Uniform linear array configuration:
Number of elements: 4
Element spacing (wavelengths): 0.75
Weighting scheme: cosine
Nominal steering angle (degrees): -45
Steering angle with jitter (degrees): -44.005
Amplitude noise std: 0.05
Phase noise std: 0.05

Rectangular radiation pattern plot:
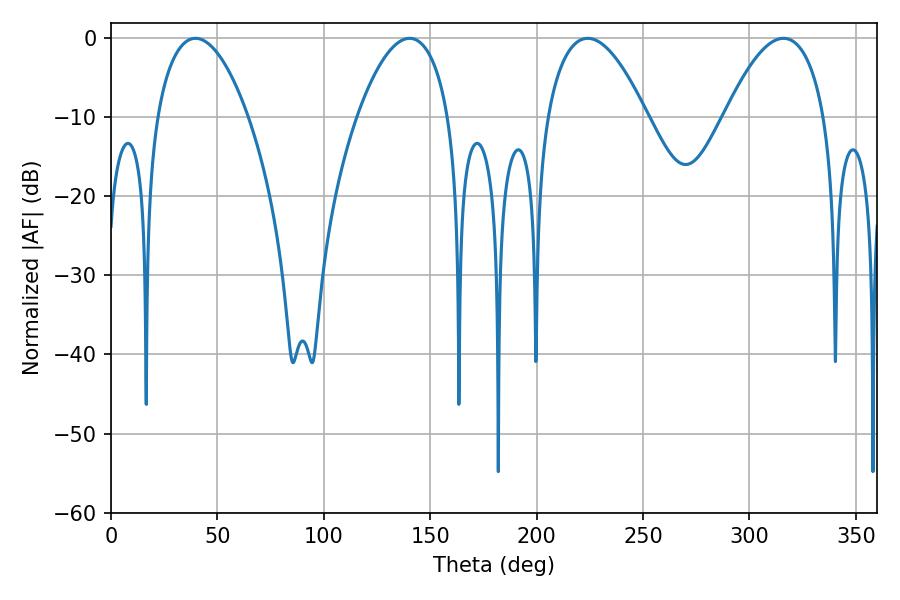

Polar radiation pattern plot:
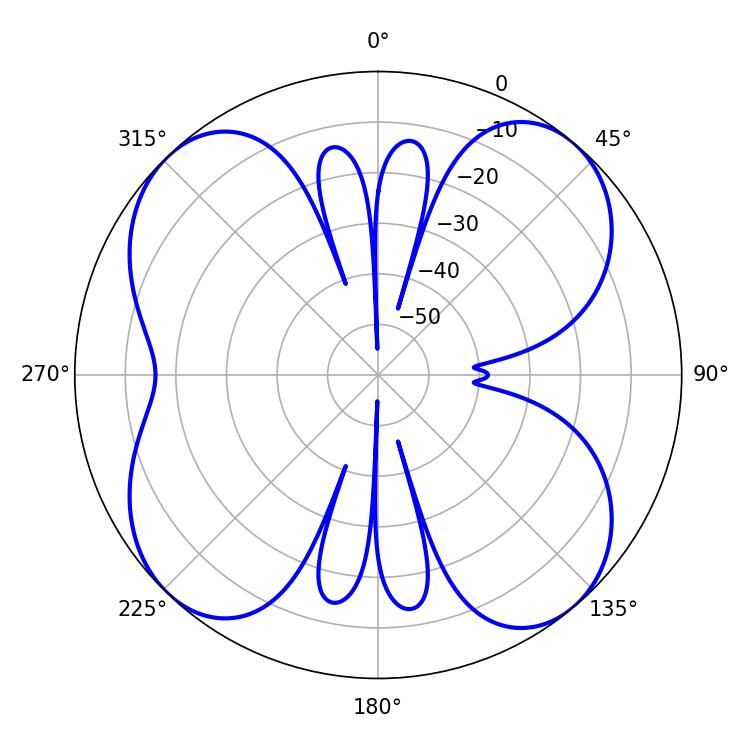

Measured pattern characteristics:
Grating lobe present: TRUE
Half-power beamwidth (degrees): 26.1
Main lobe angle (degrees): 223.92